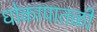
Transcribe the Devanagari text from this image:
धोकापातळी